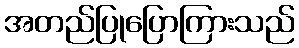
အတည်ပြုပြောကြားသည်